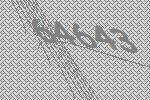
64643